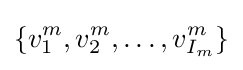
\{v_{1}^{m},v_{2}^{m},\ldots ,v_{I_{m}}^{m}\}